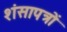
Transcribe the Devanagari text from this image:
शंसापत्रों